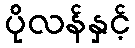
ပိုလန်နှင့်